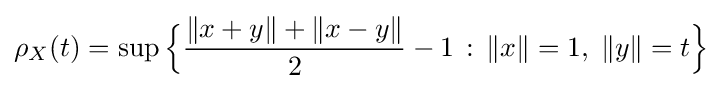
\rho _{X}(t)=\sup {\Bigl \{}{\frac {\|x+y\|+\|x-y\|}{2}}-1\,:\,\|x\|=1,\;\|y\|=t{\Bigr \}}